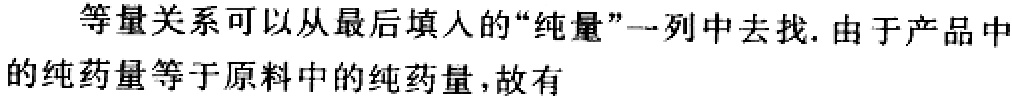
等量关系可以从最后填人的“纯量”一列中去找. 由于产品中的纯药量等于原料中的纯药量，故有